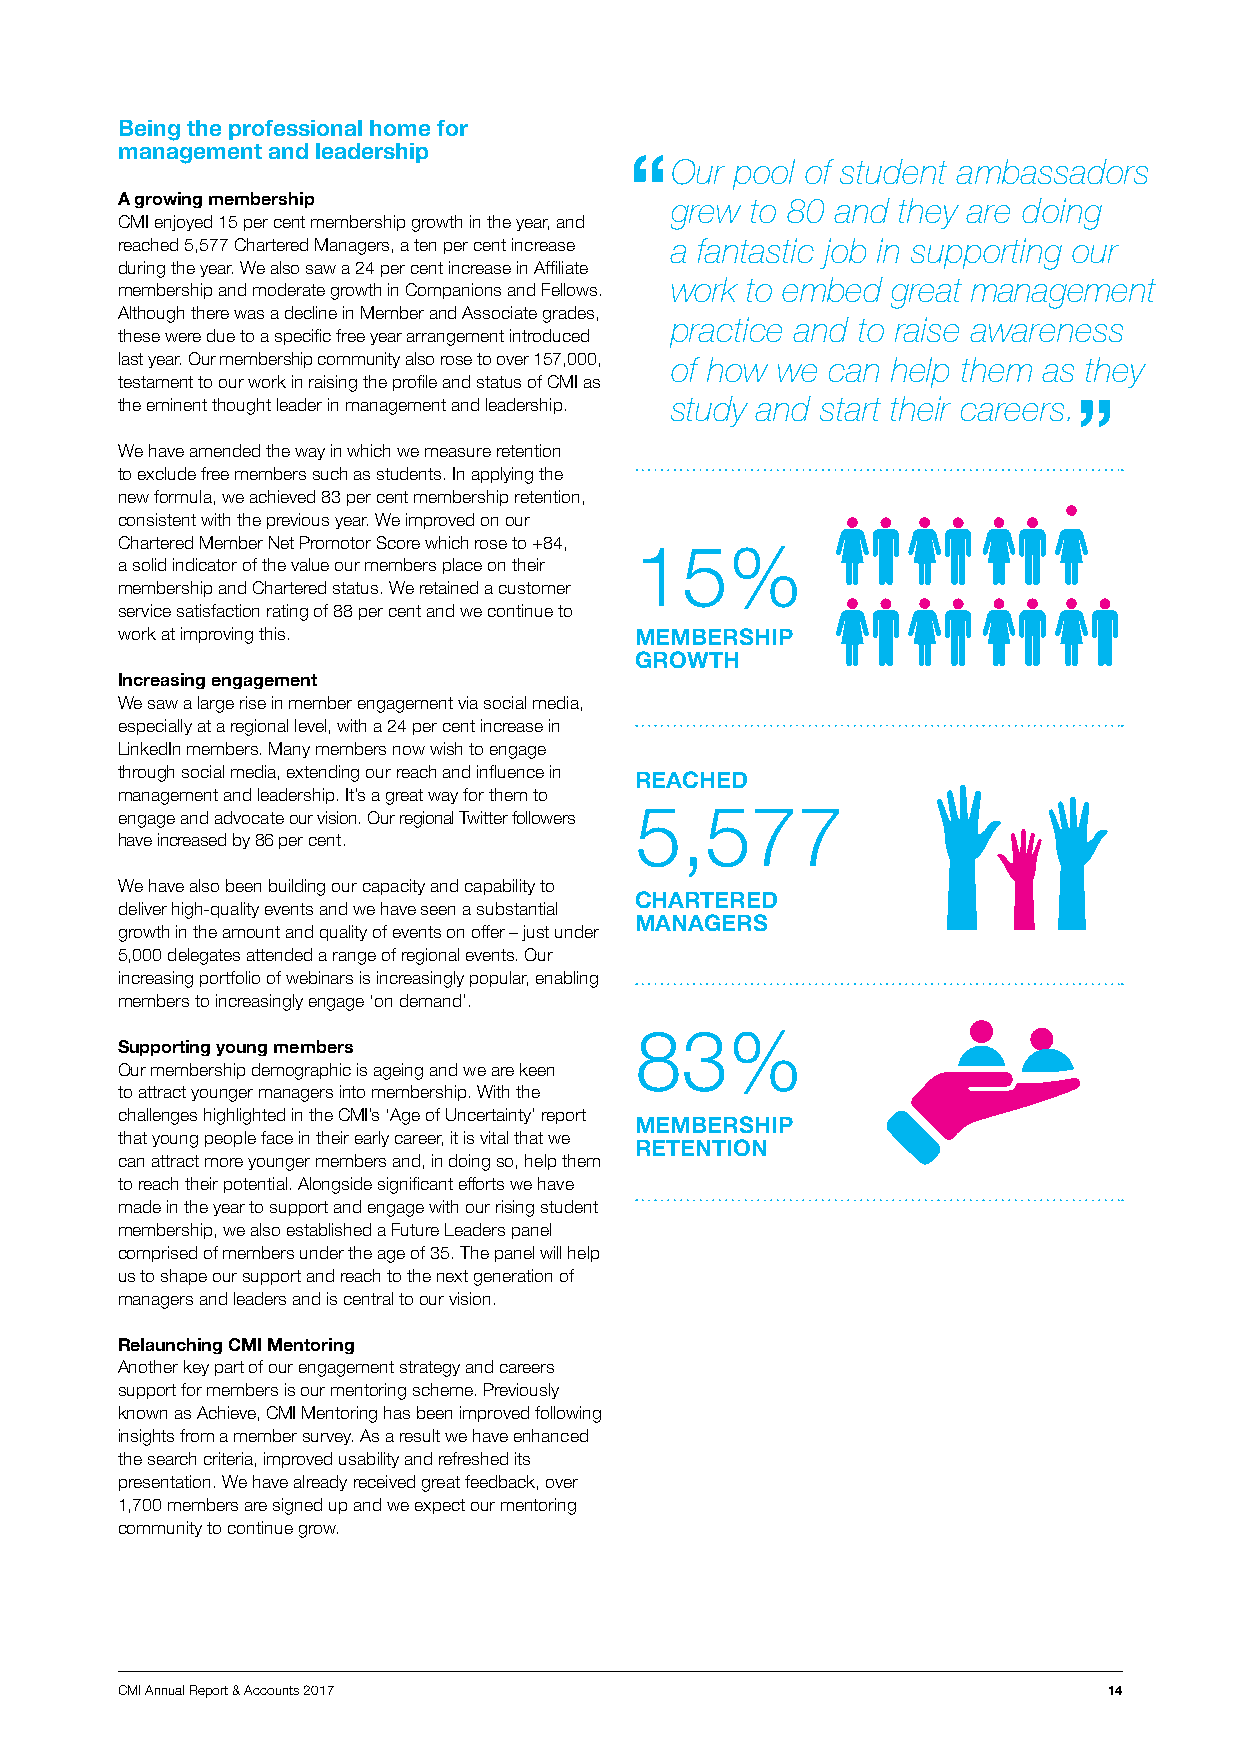
Being the professional home for
 management and leadership
 Our  pool of student ambassadors
 A growing membership                grew  to 80 and they are doing
 CMI enjoyed 15 per cent membership growth in the year, and
 reached 5,577 Chartered Managers, a ten per cent increase a fantastic job in supporting our
 during the year. We also saw a 24 per cent increase in Affiliate
 work to embed  great management
 membership and moderate growth in Companions and Fellows.
 Although there was a decline in Member and Associate grades,
 practice and to raise awareness
 these were due to a specific free year arrangement introduced
 last year. Our membership community also rose to over 157,000, of how we can help them as they
 testament to our work in raising the profile and status of CMI as
 the eminent thought leader in management and leadership. study and start their careers.
 We have amended the way in which we measure retention
 to exclude free members such as students. In applying the
 new formula, we achieved 83 per cent membership retention,
 consistent with the previous year. We improved on our
 Chartered Member Net Promotor Score which rose to +84, 15%
 a solid indicator of the value our members place on their
 membership and Chartered status. We retained a customer
 service satisfaction rating of 88 per cent and we continue to
 work at improving this.           MEMBERSHIP
 GROWTH
 Increasing engagement
 We saw a large rise in member engagement via social media,
 especially at a regional level, with a 24 per cent increase in
 LinkedIn members. Many members now wish to engage
 through social media, extending our reach and influence in
 REACHED
 management and leadership. It’s a great way for them to
 5,577
 engage and advocate our vision. Our regional Twitter followers
 have increased by 86 per cent.
 We have also been building our capacity and capability to
 CHARTERED
 deliver high-quality events and we have seen a substantial
 MANAGERS
 growth in the amount and quality of events on offer – just under
 5,000 delegates attended a range of regional events. Our
 increasing portfolio of webinars is increasingly popular, enabling
 members to increasingly engage ‘on demand’.
 83%
 Supporting young members
 Our membership demographic is ageing and we are keen
 to attract younger managers into membership. With the
 challenges highlighted in the CMI’s ‘Age of Uncertainty’ report
 MEMBERSHIP
 that young people face in their early career, it is vital that we
 RETENTION
 can attract more younger members and, in doing so, help them
 to reach their potential. Alongside significant efforts we have
 made in the year to support and engage with our rising student
 membership, we also established a Future Leaders panel
 comprised of members under the age of 35. The panel will help
 us to shape our support and reach to the next generation of
 managers and leaders and is central to our vision.
 Relaunching CMI Mentoring
 Another key part of our engagement strategy and careers
 support for members is our mentoring scheme. Previously
 known as Achieve, CMI Mentoring has been improved following
 insights from a member survey. As a result we have enhanced
 the search criteria, improved usability and refreshed its
 presentation. We have already received great feedback, over
 1,700 members are signed up and we expect our mentoring
 community to continue grow.
 CMI Annual Report & Accounts 2017                                14